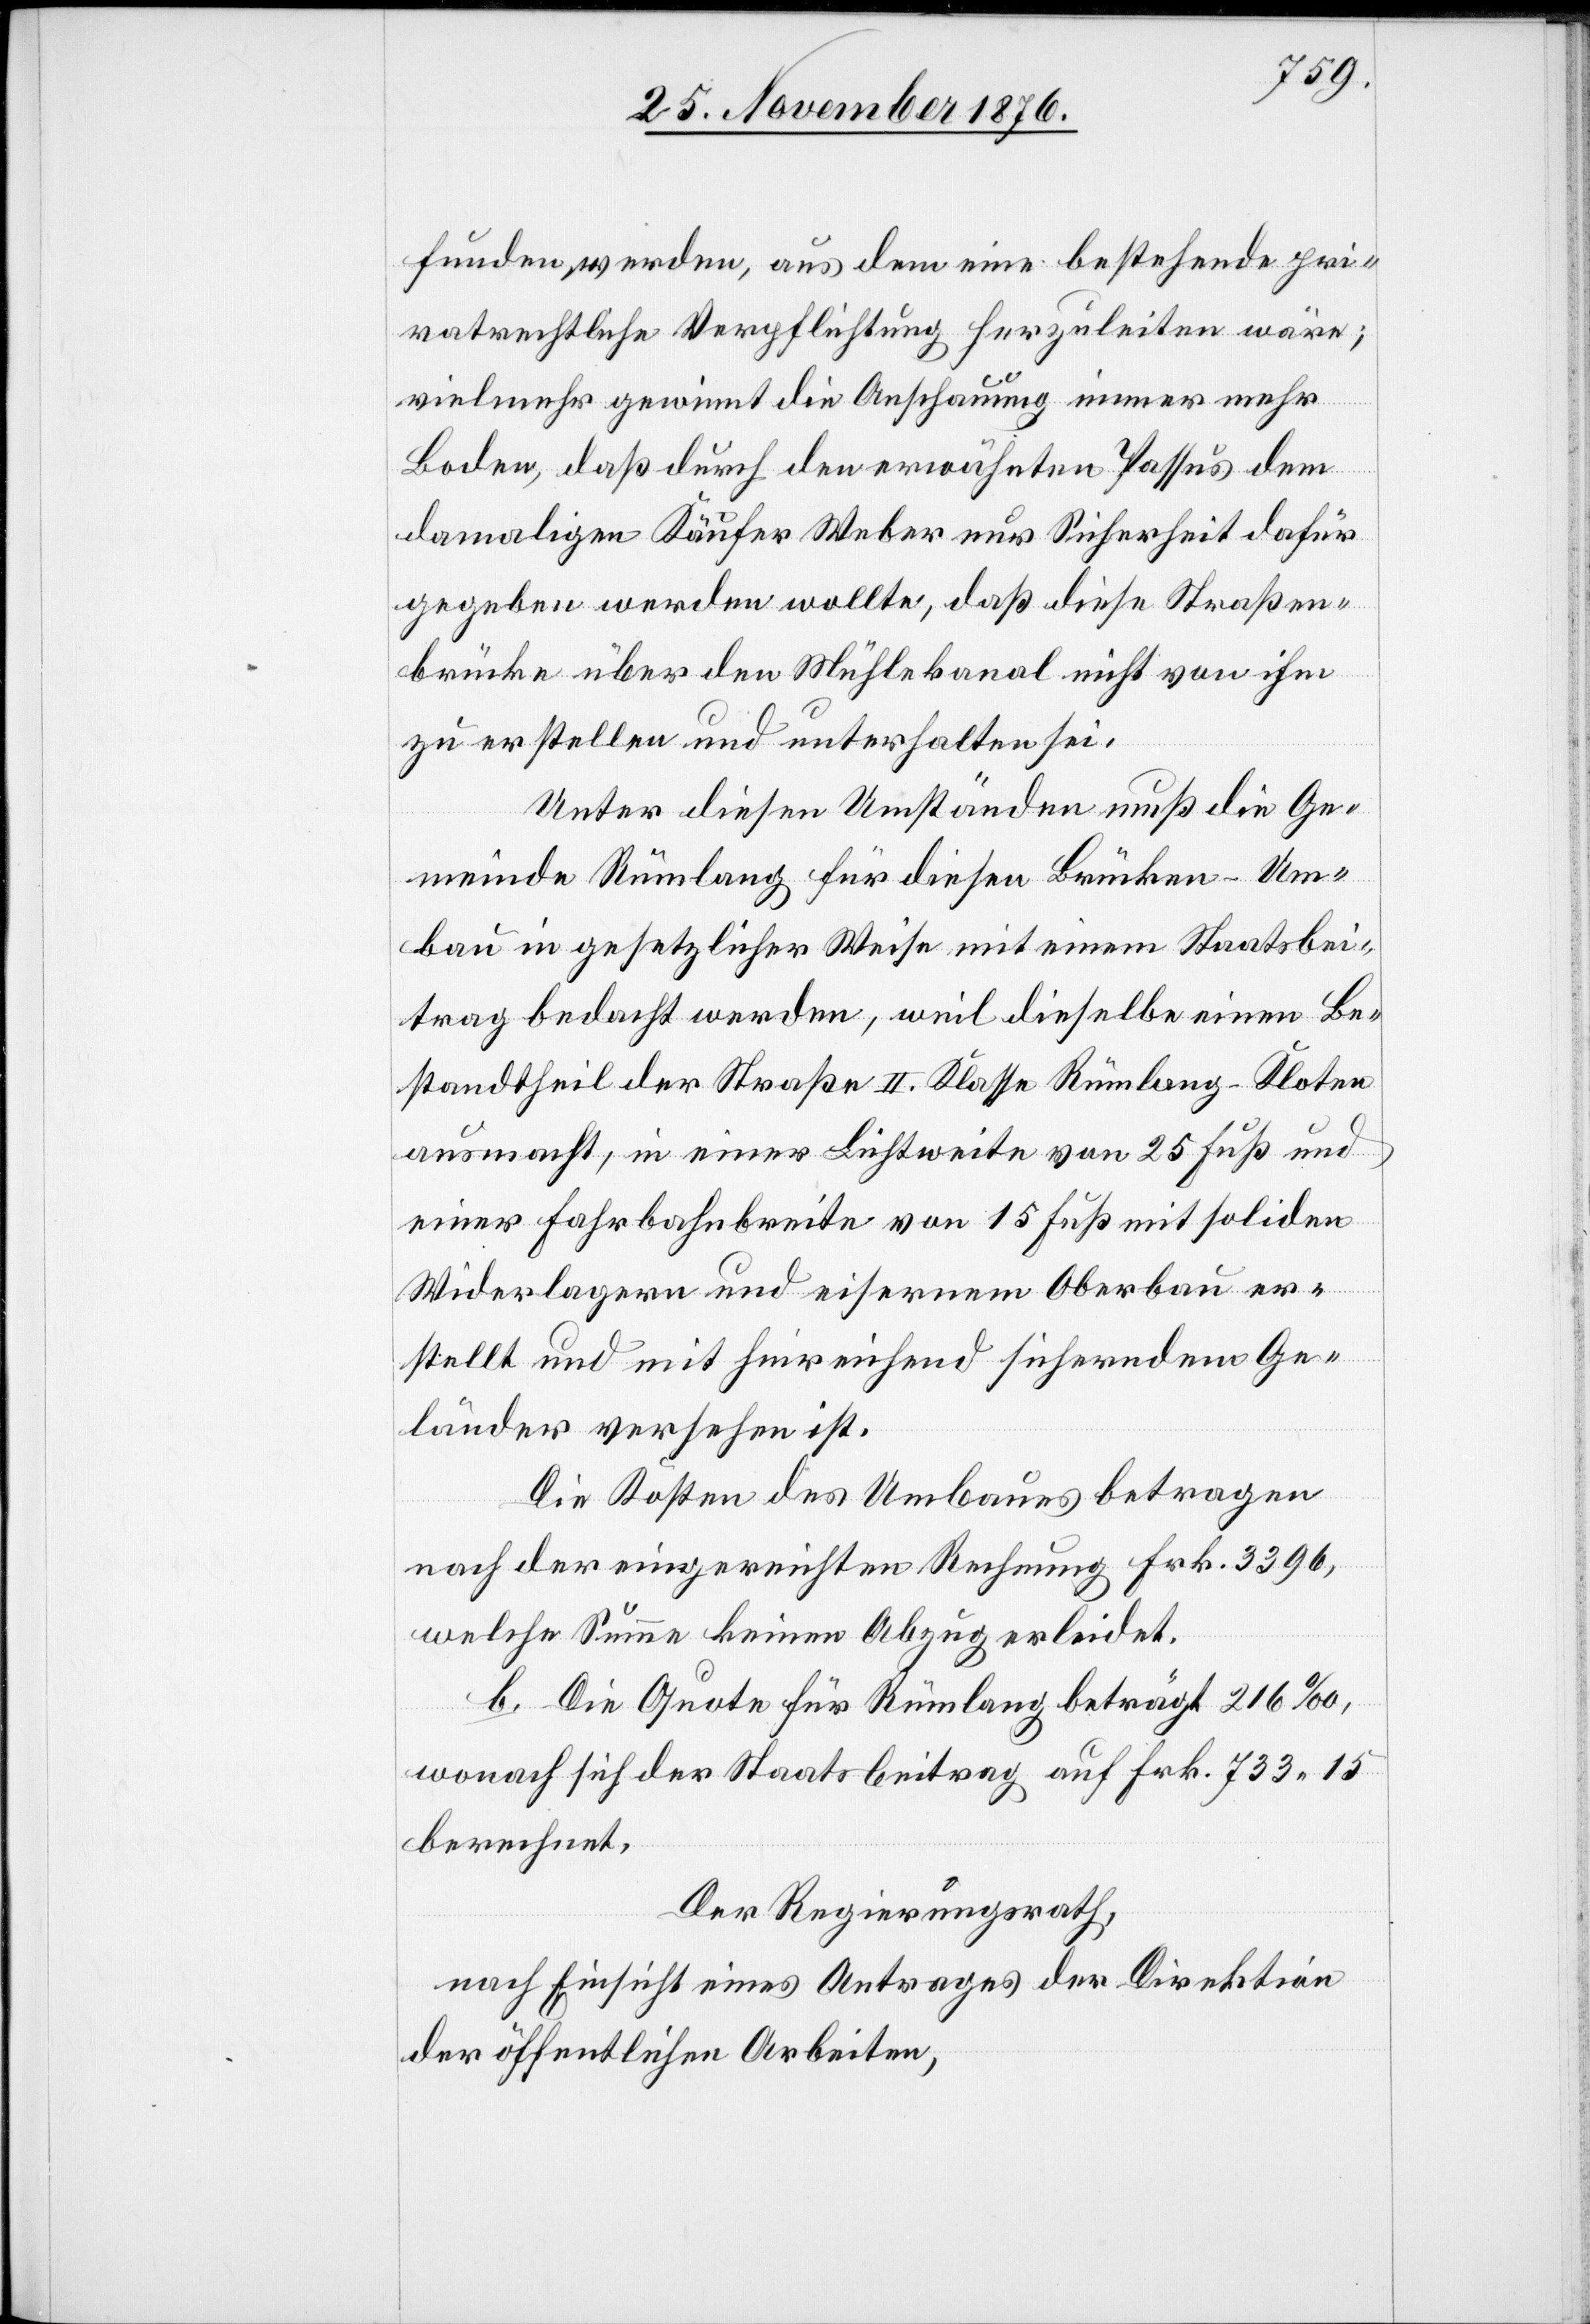
funden werden, aus dem eine bestehende pri¬
vatrechtliche Verpflichtung herzuleiten wäre;
vielmehr gewinnt die Anschauung immer mehr
Boden, daß durch den erwähnten Passus dem
damaligen Käufer Weber nur Sicherheit dafür
gegeben werden wollte, daß diese Straßen¬
brücke über den Mühlekanal nicht von ihm
zu erstellen und unterhalten sei.
Unter diesen Umständen muß die Ge¬
meinde Rümlang für diesen Brücken-Um¬
bau in gesetzlicher Weise mit einem Staatsbei¬
trag bedacht werden, weil dieselbe einen Be¬
standtheil der Straße II. Klasse Rümlang–Kloten
ausmacht, in einer Lichtweite von 25 Fuß und
einer Fahrbahnbreite von 15 Fuß mit soliden
Widerlagern und eisernem Oberbau er¬
stellt und mit hinreichend sicherndem Ge¬
länder versehen ist.
Die Kosten des Umbaues betragen
nach der eingereichten Rechnung Frk. 3396,
welche Summe keinen Abzug erleidet.
b. Die Quote für Rümlang beträgt 216‰,
wonach sich der Staatsbeitrag auf Frk. 733 15
berechnet.
Der Regierungsrath,
nach Einsicht eines Antrages der Direktion
der öffentlichen Arbeiten,